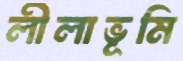
লীলাভূমি